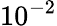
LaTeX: \displaystyle{10^{-2}}